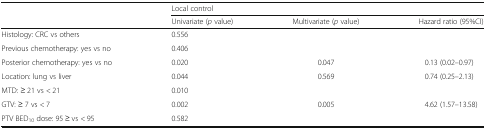
<table><thead><tr><td></td><td colspan="3"><b>Local control</b></td></tr><tr><td></td><td><b>Univariate (<i>p</i> value)</b></td><td><b>Multivariate (<i>p</i> value)</b></td><td><b>Hazard ratio (95%CI)</b></td></tr></thead><tbody><tr><td>Histology: CRC vs others</td><td>0.556</td><td></td><td></td></tr><tr><td>Previous chemotherapy: yes vs no</td><td>0.406</td><td></td><td></td></tr><tr><td>Posterior chemotherapy: yes vs no</td><td>0.020</td><td>0.047</td><td>0.13 (0.02–0.97)</td></tr><tr><td>Location: lung vs liver</td><td>0.044</td><td>0.569</td><td>0.74 (0.25–2.13)</td></tr><tr><td>MTD: ≥ 21 vs &lt; 21</td><td>0.010</td><td></td><td></td></tr><tr><td>GTV: ≥ 7 vs &lt; 7</td><td>0.002</td><td>0.005</td><td>4.62 (1.57–13.58)</td></tr><tr><td>PTV BED<sub>10</sub> dose: 95 ≥ vs &lt; 95</td><td>0.582</td><td></td><td></td></tr></tbody></table>